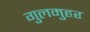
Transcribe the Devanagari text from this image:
गुलमुहर